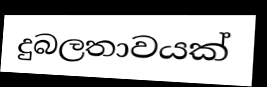
දුබලතාවයක්